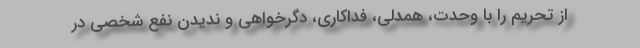
از تحریم را با وحدت، همدلی، فداکاری، دگرخواهی و ندیدن نفع شخصی در